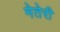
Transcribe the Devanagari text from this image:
मेतेरी